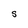
Character: S